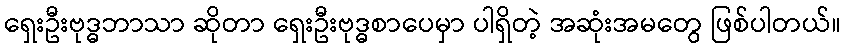
ရှေးဦးဗုဒ္ဓဘာသာ ဆိုတာ ရှေးဦးဗုဒ္ဓစာပေမှာ ပါရှိတဲ့ အဆုံးအမတွေ ဖြစ်ပါတယ်။